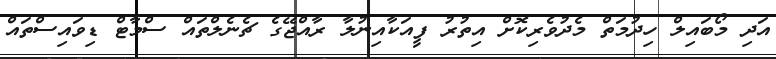
އަދި މޯބައިލް ހިދުމަތް މެދުވެރިކޮށް އިތުރު ފީއަކާއިނުލާ ރާއްޖޭގެ ޗެނެލްތައް ސްމާޓް ޑިވައިސްތައް